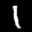
Label: 1